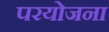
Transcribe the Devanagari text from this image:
परयोजना